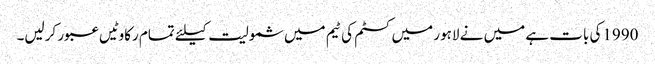
1990کی بات ہے میں نے لاہور میں کسٹم کی ٹیم میں شمولیت کیلئے تمام رکاوٹیں عبور کرلیں۔